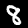
Digit: 8